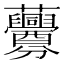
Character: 虋